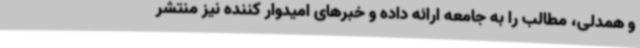
و همدلی، مطالب را به جامعه ارائه داده و خبرهای امیدوار کننده نیز منتشر